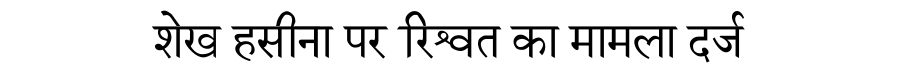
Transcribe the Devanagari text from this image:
शेख हसीना पर रिश्वत का मामला दर्ज